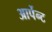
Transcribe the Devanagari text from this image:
आर्पेन्ट